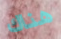
هناك